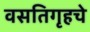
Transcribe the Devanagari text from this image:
वसतिगृहचे